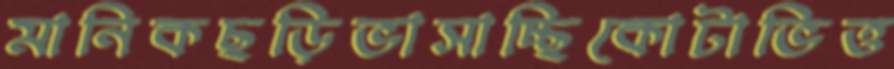
মানিকছড়িভাসাচ্ছিকোটাভিত্ত